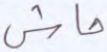
حاش